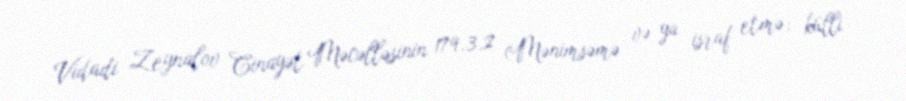
Vidadi Zeynalov Cinayət Məcəlləsinin 179.3.2 (Mənimsəmə və ya israf etmə; külli